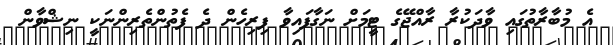
އެ މުބާރާތުގައި ވާދަކުރާ ރާއްޖޭގެ ޓީމަށް ނަގާފައިވާ ފިރިހެން ދެ ފެތުންތެރިންނަކީ ނިޝްވާން